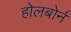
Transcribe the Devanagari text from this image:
होलबोर्न